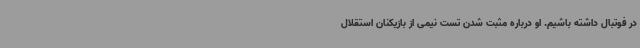
در فوتبال داشته باشیم. او درباره مثبت شدن تست نیمی از بازیکنان استقلال